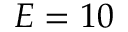
E = 1 0